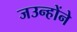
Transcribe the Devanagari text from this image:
जउन्होंने